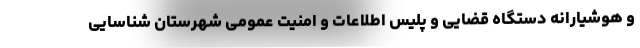
و هوشیارانه دستگاه قضایی و پلیس اطلاعات و امنیت عمومی شهرستان شناسایی